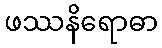
ဖဿနိရောဓာ